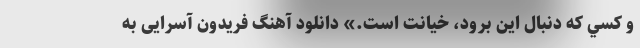
و كسي كه دنبال اين برود، خيانت است.» دانلود آهنگ فریدون آسرایی به